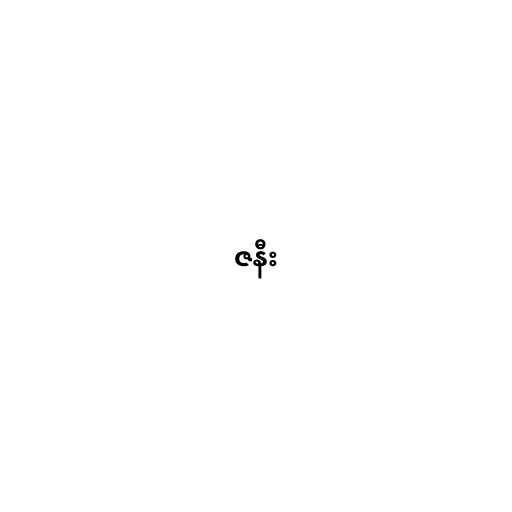
ဇနီး